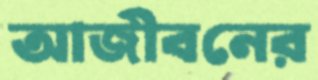
আজীবনের